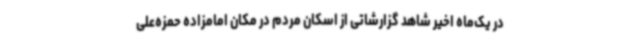
در یک‌ماه اخیر شاهد گزارشاتی از اسکان مردم در مکان امامزاده حمزه‌علی